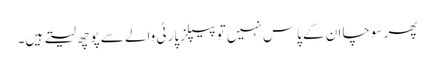
پھر سوچا ان کے پاس نہیں تو پیپلز پارٹی والے سے پوچھ لیتے ہیں۔